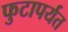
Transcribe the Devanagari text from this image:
फुटापर्यत